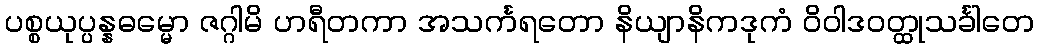
ပစ္စယုပ္ပန္နဓမ္မော ဇဂ္ဂါမိ ဟရီတကာ အသင်္ကရတော နိယျာနိကဒုကံ ဝိဝါဒဝတ္ထုသင်္ခါတေ